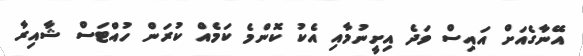
އޭނާގެއަށް އައިސް ވަދެ އިށީނުމާއި އެކު ކޮންމެ ކަމެއް ކުރަން ހުއްޓަސް ޝާއިރާ